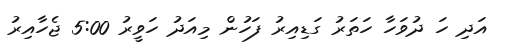
އަދި ހަ ދުވަހާ ހަތަރު ގަޑިއިރު ފަހުން މިއަދު ހަވީރު 5:00 ޖެހާއިރު